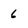
Character: 6